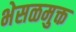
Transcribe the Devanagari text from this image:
भेसळमुक्त